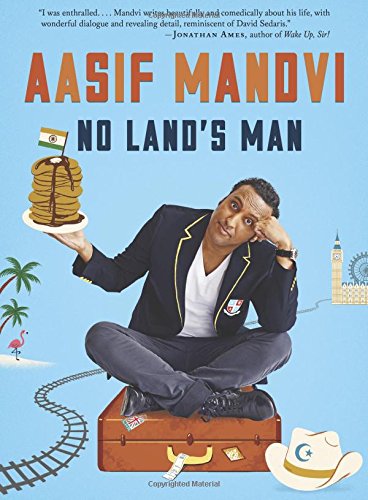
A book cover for No Land's Man; Aasif Mandvi; Humor & Entertainment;